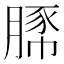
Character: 𧱔